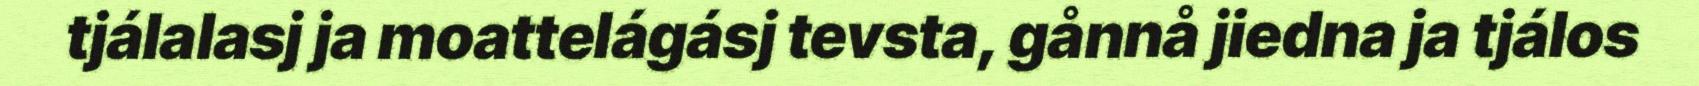
tjálalasj ja moattelágásj tevsta, gånnå jiedna ja tjálos